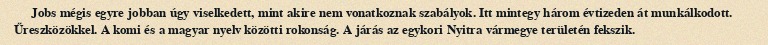
Jobs mégis egyre jobban úgy viselkedett, mint akire nem vonatkoznak szabályok. Itt mintegy három évtizeden át munkálkodott. Űreszközökkel. A komi és a magyar nyelv közötti rokonság. A járás az egykori Nyitra vármegye területén fekszik.